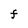
Character: F